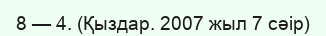
8 — 4. (Қыздар. 2007 жыл 7 сәір)